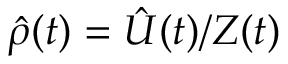
\hat { \rho } ( t ) = \hat { U } ( t ) / Z ( t )